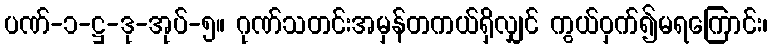
ပဏ်-၁-ဋ္ဌ-ဒု-အုပ်-၅။ ဂုဏ်သတင်းအမှန်တကယ်ရှိလျှင် ကွယ်ဝှက်၍မရကြောင်း၊